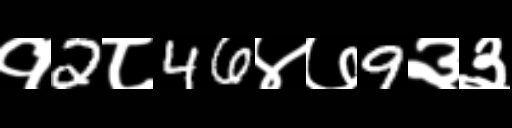
Text: १2८46४७9३३